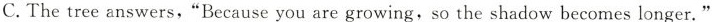
C.The tree answers,"Because you are growing,so the shadow becomes longer."